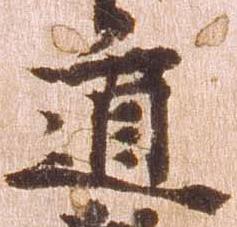
遁